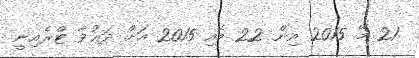
21 މޭ 2015 އިން 22 މެއި 2015 އަށް ދަޢުވާ ޓްރެއިނީ